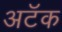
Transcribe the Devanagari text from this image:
अटॅक